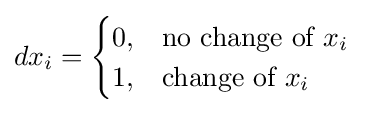
dx_{i}={\begin{cases}0,&{\text{no change of }}x_{i}\\1,&{\text{change of }}x_{i}\end{cases}}